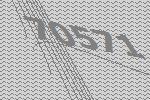
70571